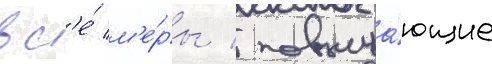
вс'е́ м'е́ры / повыша́ющие